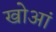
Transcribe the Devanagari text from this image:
खोआं